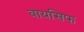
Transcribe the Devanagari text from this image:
वायसिफ